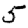
Digit: 5